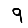
Digit: 9